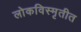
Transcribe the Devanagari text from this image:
लोकविस्मृतीत